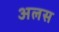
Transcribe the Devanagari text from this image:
अलस